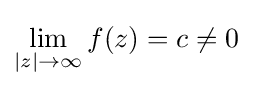
\lim _{|z|\to \infty }f(z)=c\neq 0